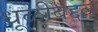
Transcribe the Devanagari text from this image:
धूळीबद्दल